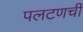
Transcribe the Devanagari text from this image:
पलटणची